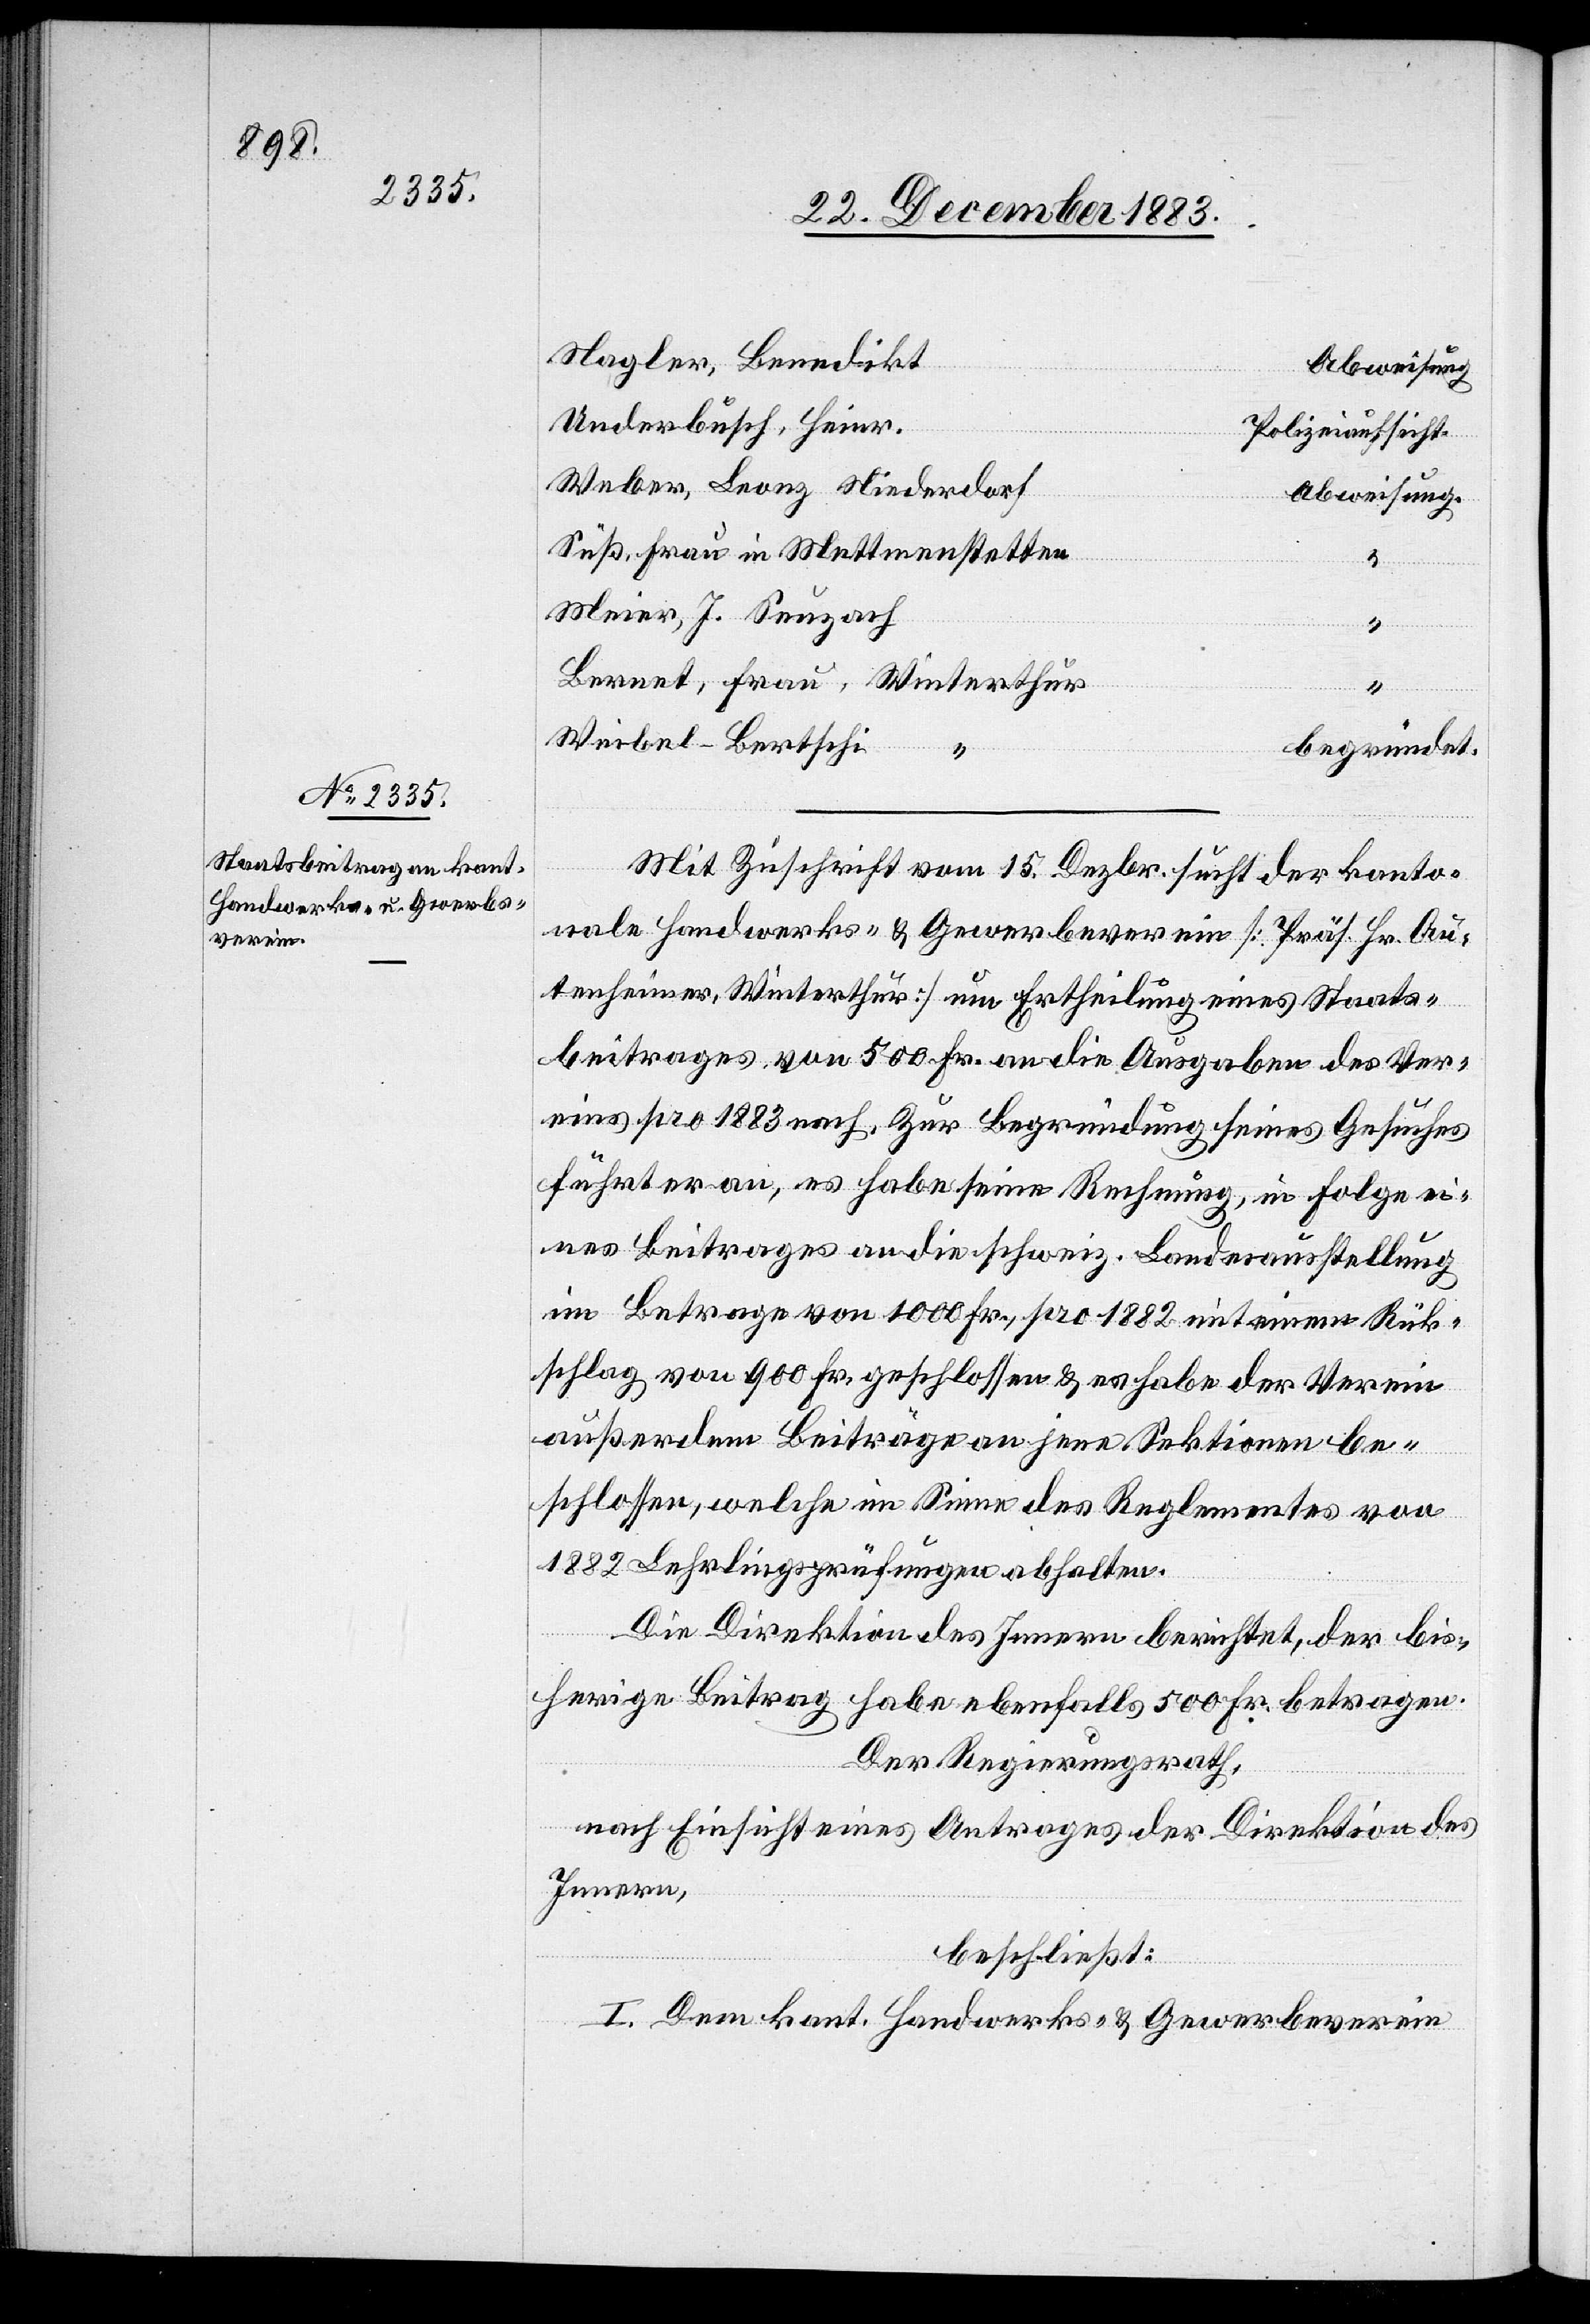
Nagler, Benedikt
Abweisung
Underbusch, Heinr.
Polizeiaufsicht.
Weber, Leonz Niederdorf
Abweisung.
Süß, Frau in Mettmenstetten
Meier, J. Seuzach
“
Bernet, Frau, Winterthur
“
Weibel-Bertschi
begründet.
Mit Zuschrift vom 15. Dezbr. sucht der kanto¬
nale Handwerks- & Gewerbeverein [Präs. Hr. Au¬
tenheimer, Winterthur] um Ertheilung eines Staats¬
beitrages von 500 Fr. an die Ausgaben des Ver¬
eins pro 1883 nach. Zur Begründung seines Gesuches
führt er an, es habe seine Rechnung, in Folge ei¬
nes Beitrages an die schweiz. Landesausstellung
im Betrage von 1000 Fr., pro 1882 mit einem Rü[c]k¬
schlag von 900 Fr. geschlossen & es habe der Verein
außerdem Beiträge an jene Sektionen be¬
schlossen, welche im Sinne des Reglementes von
1882 Lehrlingsprüfungen abhalten.
Die Direktion des Innern berichtet, der bis¬
herige Beitrag habe ebenfalls 500 Fr. betragen.
Der Regierungsrath,
nach Einsicht eines Antrages der Direktion des
Innern,
beschließt:
I. Dem kant. Handwerks- & Gewerbeverein